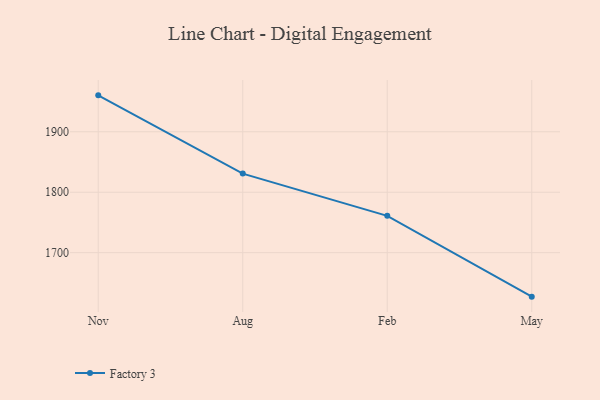
{"axis": {"x": "Month", "y": "Gross Profit (USD K)"}, "legend": ["Factory 3"], "data": [{"x": "Nov", "y": 1960.3, "type": "Factory 3"}, {"x": "Aug", "y": 1830.8, "type": "Factory 3"}, {"x": "Feb", "y": 1760.9, "type": "Factory 3"}, {"x": "May", "y": 1627.2, "type": "Factory 3"}]}